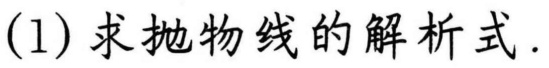
\((1)\)求抛物线的解析式.